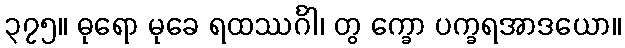
၃၇၅။ ဓုရော မုခေ ရထဿင်္ဂါ၊ တွ က္ခော ပက္ခရအာဒယော။